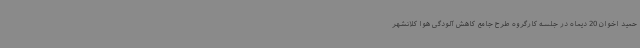
حمید اخوان 20 دیماه در جلسه کارگروه طرح جامع کاهش آلودگی هوا کلانشهر